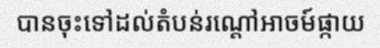
បានចុះទៅដល់តំបន់រណ្តៅអាចម៍ផ្កាយ